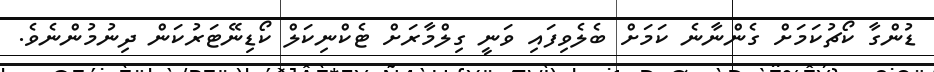
ޑުންގާ ކޯޗުކަމަށް ގެންނާނެ ކަމަށް ބެލެވިފައި ވަނީ ގިލްމާރަށް ޓެކްނިކަލް ކޯޑިނޭޓަރުކަން ދިނުމުންނެވެ.